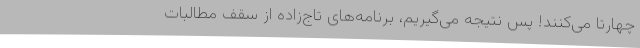
چهارتا می‌کنند! پس نتیجه می‌گیریم، برنامه‌های تاج‌زاده از سقف مطالبات